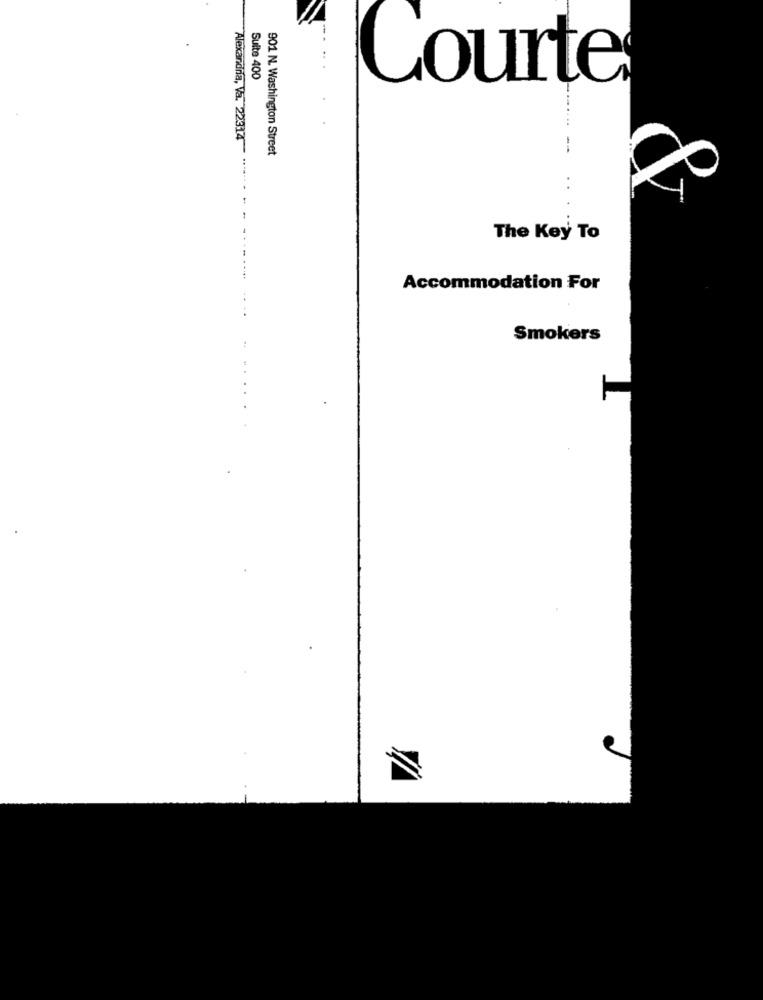
Suite 400
Courte
Alexandria, Va. 22314
901 N. Washington Street
The Key To
Accommodation For
Smokers